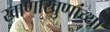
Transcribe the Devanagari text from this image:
खाणाखुणांच्या